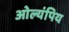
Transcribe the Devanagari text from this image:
ओल्यंपिय